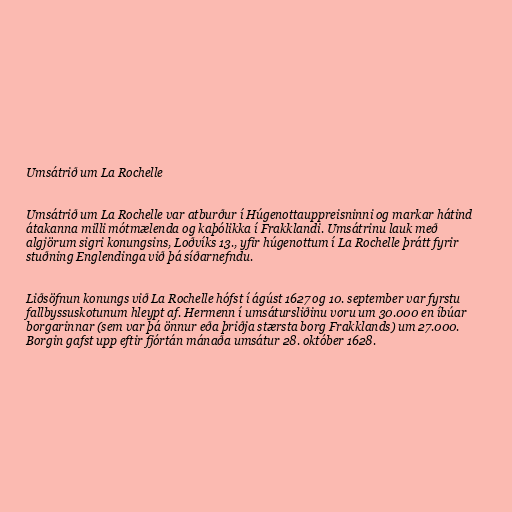
Umsátrið um La Rochelle

Umsátrið um La Rochelle var atburður í Húgenottauppreisninni og markar hátind
átakanna milli mótmælenda og kaþólikka í Frakklandi. Umsátrinu lauk með
algjörum sigri konungsins, Loðvíks 13., yfir húgenottum í La Rochelle þrátt fyrir
stuðning Englendinga við þá síðarnefndu.

Liðsöfnun konungs við La Rochelle hófst í ágúst 1627 og 10. september var fyrstu
fallbyssuskotunum hleypt af. Hermenn í umsátursliðinu voru um 30.000 en íbúar
borgarinnar (sem var þá önnur eða þriðja stærsta borg Frakklands) um 27.000.
Borgin gafst upp eftir fjórtán mánaða umsátur 28. október 1628.